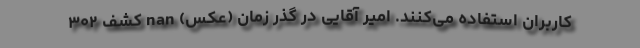
کاربران استفاده می‌کنند. امیر آقایی در گذر زمان (عکس) nan کشف ۳۰۲